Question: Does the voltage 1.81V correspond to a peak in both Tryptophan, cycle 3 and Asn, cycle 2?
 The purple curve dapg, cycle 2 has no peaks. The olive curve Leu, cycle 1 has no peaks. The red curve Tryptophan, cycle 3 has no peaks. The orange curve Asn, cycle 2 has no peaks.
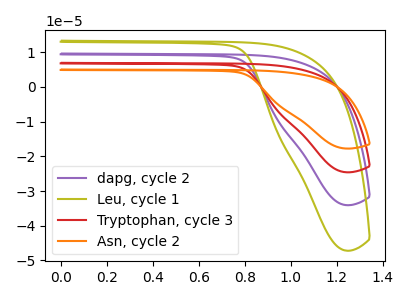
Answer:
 <answer>No, "Tryptophan, cycle 3" and "Asn, cycle 2" dont share a peak at 1.81V.</answer>
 <eval>mismatch</eval>